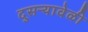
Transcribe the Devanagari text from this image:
दुसऱ्यावेळी